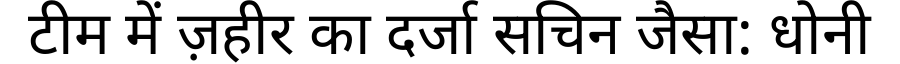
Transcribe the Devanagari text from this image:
टीम में ज़हीर का दर्जा सचिन जैसा: धोनी